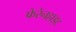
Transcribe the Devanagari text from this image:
फेरेनहाइट